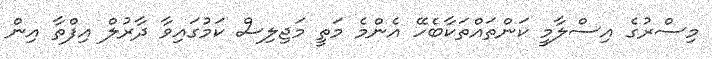
މިސްރުގެ އިސްލާމީ ކަންތައްތަކާބެހޭ އެންމެ މަތީ މަޖިލިސް ކަމުގައިވާ ދާރުލް އިފްތާ އިން